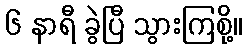
၆ နာရီ ခွဲပြီ သွားကြစို့။